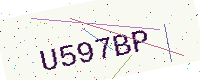
Text: U597BP